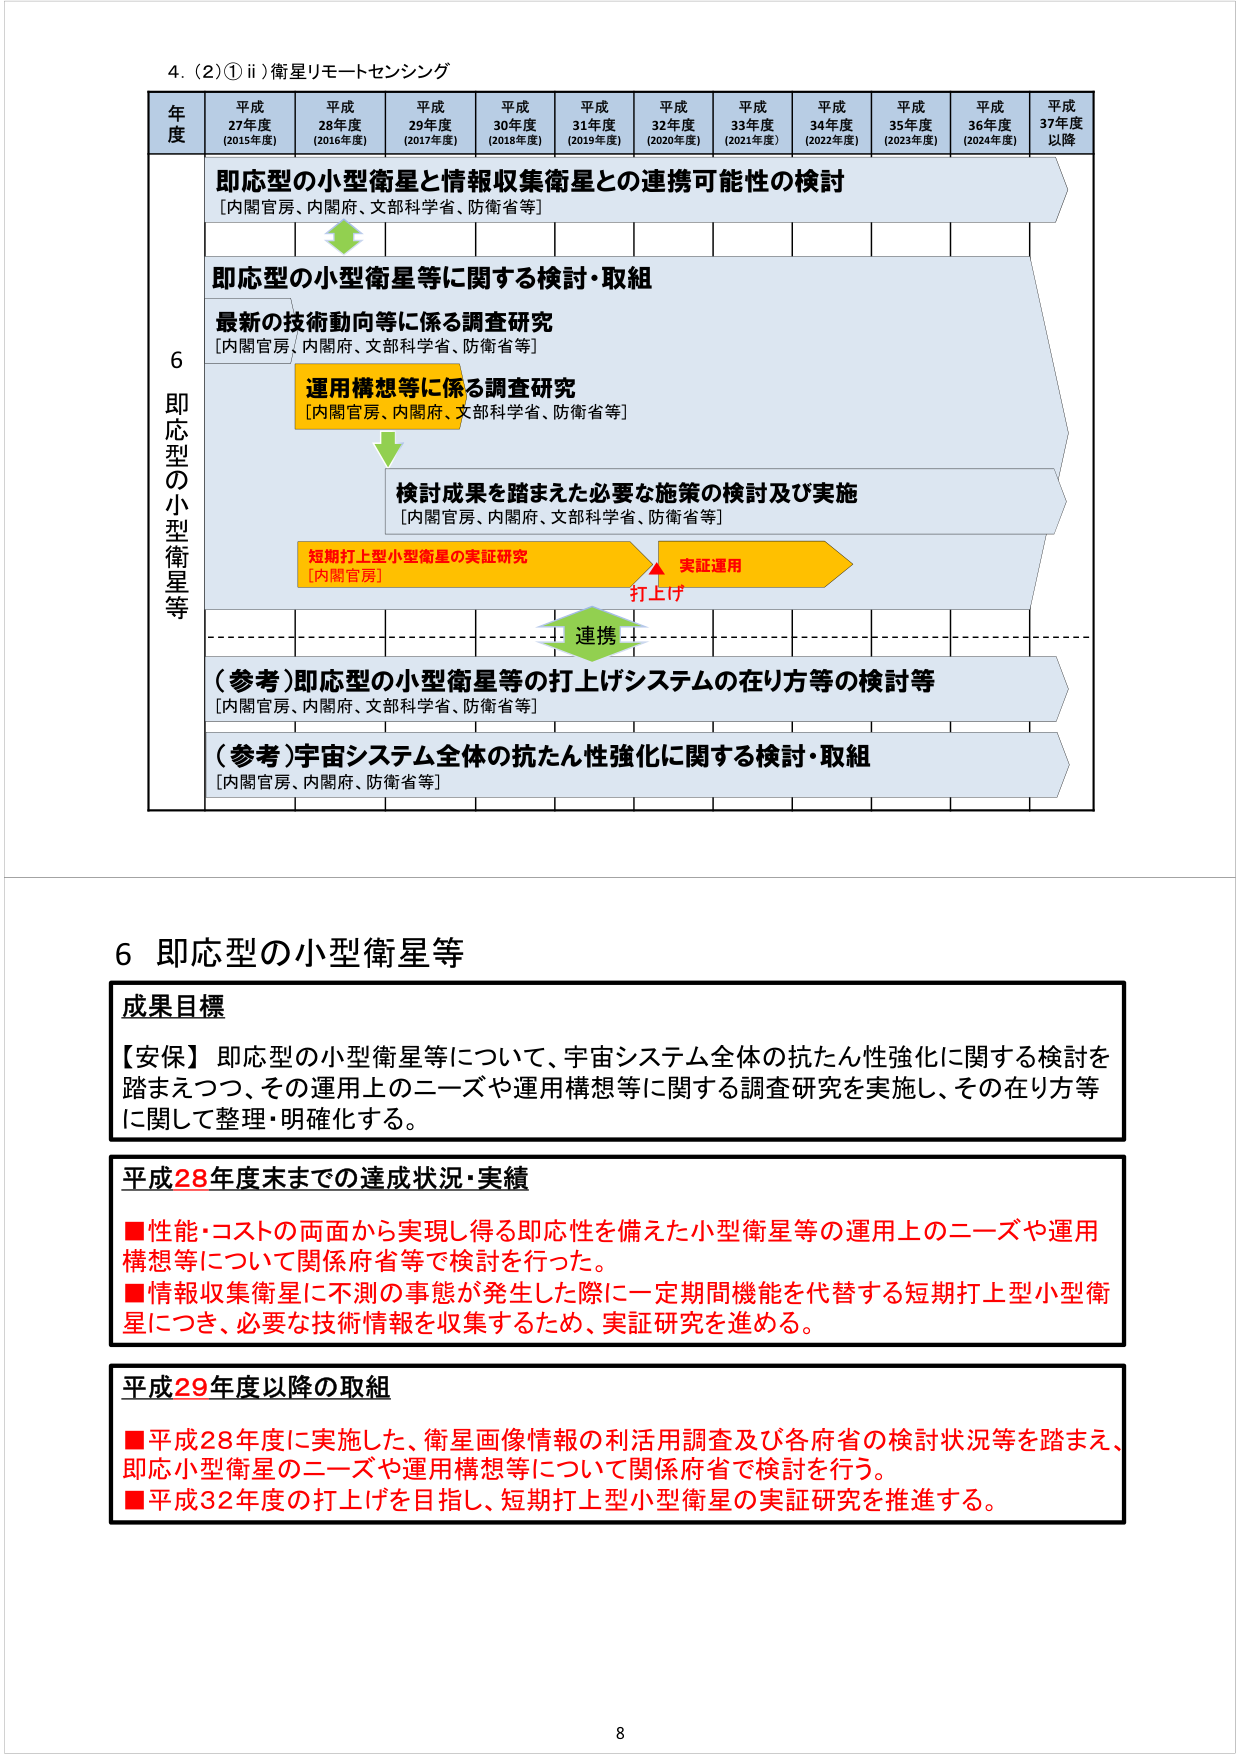
4. (2)①ii) 衛星リモートセンシング

年度 平成27年度 (2015年度) 平成28年度 (2016年度) 平成29年度 (2017年度) 平成30年度 (2018年度) 平成31年度 (2019年度) 平成32年度 (2020年度) 平成33年度 (2021年度) 平成34年度 (2022年度) 平成35年度 (2023年度) 平成36年度 (2024年度) 平成37年度以降

6 即応型の小型衛星等

即応型の小型衛星と情報収集衛星との連携可能性の検討
[内閣官房、内閣府、文部科学省、防衛省等]

即応型の小型衛星等に関する検討・取組

最新の技術動向等に係る調査研究
[内閣官房、内閣府、文部科学省、防衛省等]

運用構想等に係る調査研究
[内閣官房、内閣府、文部科学省、防衛省等]

検討成果を踏まえた必要な施策の検討及び実施
[内閣官房、内閣府、文部科学省、防衛省等]

短期打上型小型衛星の実証研究
[内閣官房]

実証運用
打上げ

連携

（参考）即応型の小型衛星等の打上げシステムの在り方等の検討等
[内閣官房、内閣府、文部科学省、防衛省等]

（参考）宇宙システム全体の抗たん性強化に関する検討・取組
[内閣官房、内閣府、防衛省等]

6 即応型の小型衛星等

成果目標
【安保】即応型の小型衛星等について、宇宙システム全体の抗たん性強化に関する検討を踏まえつつ、その運用上のニーズや運用構想等に関する調査研究を実施し、その在り方等に関して整理・明確化する。

平成28年度末までの達成状況・実績
■性能・コストの両面から実現し得る即応性を備えた小型衛星等の運用上のニーズや運用構想等について関係府省等で検討を行った。
■情報収集衛星に不測の事態が発生した際に一定期間機能を代替する短期打上型小型衛星につき、必要な技術情報を収集するため、実証研究を進める。

平成29年度以降の取組
■平成28年度に実施した、衛星画像情報の利活用調査及び各府省の検討状況等を踏まえ、即応小型衛星のニーズや運用構想等について関係府省で検討を行う。
■平成32年度の打上げを目指し、短期打上型小型衛星の実証研究を推進する。

8